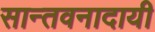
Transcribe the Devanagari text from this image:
सान्तवनादायी